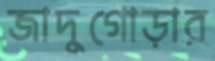
জাদুগোড়ার